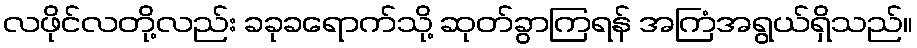
လဖိုင်လတို့လည်း ခခုခရောက်သို့ ဆုတ်ခွာကြရန် အကြံအရွယ်ရှိသည်။